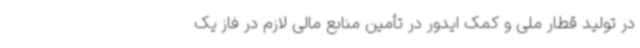
در تولید قطار ملی و کمک ایدور در تأمین منابع مالی لازم در فاز یک